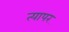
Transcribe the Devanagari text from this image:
त्यापर